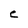
Character: e